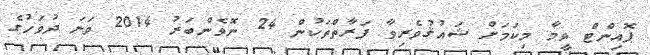
ޕޮއިންޓް ވީމާ މިކަމަށް ޝައުޤުވެރިވާ ފަރާތްތަކުން 24 ނޮވެންބަރު 2014 ވަނަ ދުވަހުގެ